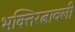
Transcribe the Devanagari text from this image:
भक्तिरत्नावली